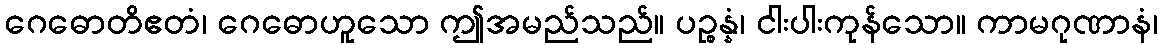
ဂေဓောတိဧတံ၊ ဂေဓောဟူသော ဤအမည်သည်။ ပဉ္စန္နံ၊ ငါးပါးကုန်သော။ ကာမဂုဏာနံ၊